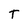
Character: T